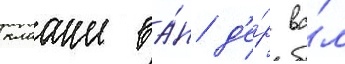
клааше ва́н д'е́р ва́л